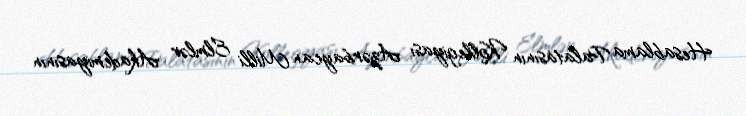
Hesablama Palatasının Kollegiyası Azərbaycan Milli Elmlər Akademiyasının